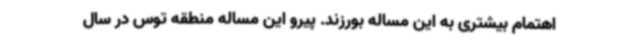
اهتمام بیشتری به این مساله بورزند. پیرو این مساله منطقه توس در سال